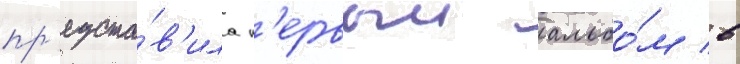
пр'едста́в'ила п'ервыи альбо́м в